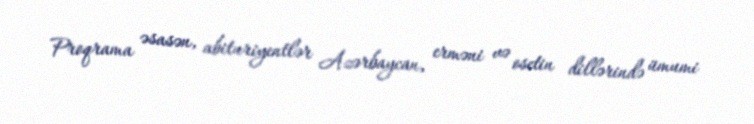
Proqrama əsasən, abituriyentlər Azərbaycan, erməni və osetin dillərində ümumi